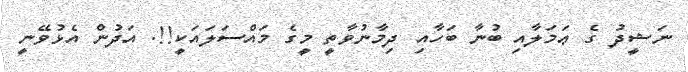
ނަޝީދު ގެ ޢަމަލާއި ބުނާ ބަހާއި ދިމާނުވާތީ މީގެ މައްސަލައަކީ!!. އަދުން އެޅުވޭނީ